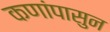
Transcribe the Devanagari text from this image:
कणांपासुन